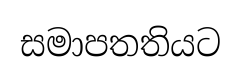
සමාපතතියට